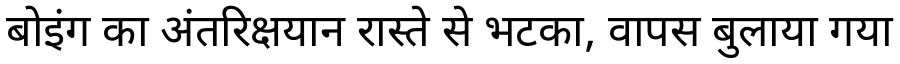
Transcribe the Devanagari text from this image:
बोइंग का अंतरिक्षयान रास्ते से भटका, वापस बुलाया गया